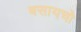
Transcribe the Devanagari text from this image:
बसायचो